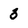
Character: 3